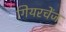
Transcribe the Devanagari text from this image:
गियरचेंज